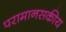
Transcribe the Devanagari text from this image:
परामानसकीय